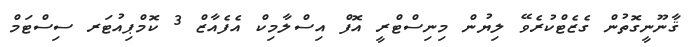
ޤާނޫނީގޮތުން ގެޒެޓްކުރެވޭ ލިޔުން މިނިސްޓްރީ އޮފް އިސްލާމިކް އެފެއާޒް 3 ކޮމްޕިއުޓަރ ސިސްޓަމް